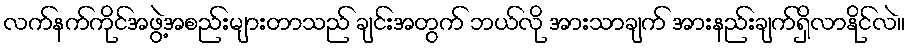
လက်နက်ကိုင်အဖွဲ့အစည်းများတာသည် ချင်းအတွက် ဘယ်လို အားသာချက် အားနည်းချက်ရှိလာနိုင်လဲ။